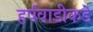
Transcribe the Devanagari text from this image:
हर्षवाडीकडे